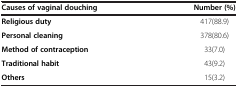
| Causes of vaginal douching | Number (%) |
 | --- | --- |
 | Religious duty | 417(88.9) |
 | Personal cleaning | 378(80.6) |
 | Method of contraception | 33(7.0) |
 | Traditional habit | 43(9.2) |
 | Others | 15(3.2) |